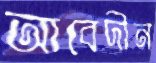
আবেদীন